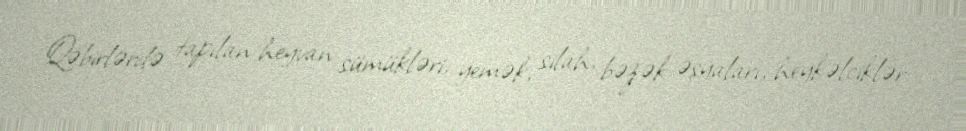
Qəbirlərdə tapılan heyvan sümükləri, yemək, silah, bəzək əşyaları, heykəlciklər